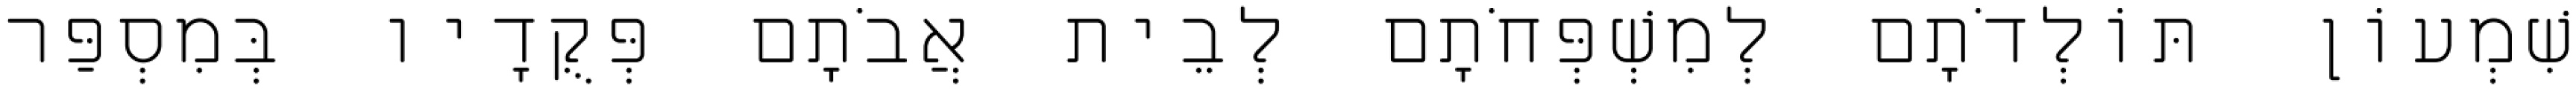
שִׁמְעוֹן תּוֹלְדֹתָם לְמִשְׁפְּחֹתָם לְבֵית אֲבֹתָם פְּקֻדָיו בְּמִסְפַּר